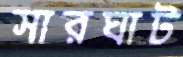
সারঘাট